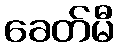
ခေတ်မီ